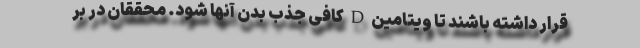
قرار داشته باشند تا ویتامین D کافی جذب بدن آنها شود. محققان در بر